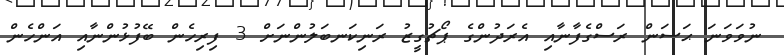
ނުވަވަނަ ޙަސަން ރަސްގެފާނާއި އެރަދުންގެ ޕޯޗުގީޒު ރަނިކަނބަލުންނަށް 3 ފިރިހެން ބޭފުޅުންނާއި އަންހެން